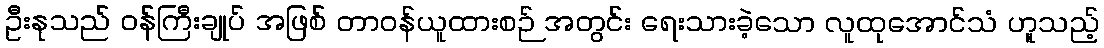
ဦးနုသည် ဝန်ကြီးချုပ် အဖြစ် တာဝန်ယူထားစဉ် အတွင်း ရေးသားခဲ့သော လူထုအောင်သံ ဟူသည့်